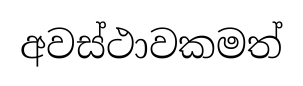
අවස්ථාවකමත්